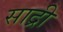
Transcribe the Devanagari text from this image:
साद्री